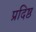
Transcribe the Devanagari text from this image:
प्रदिष्ठ